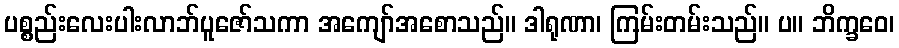
ပစ္စည်းလေးပါးလာဘ်ပူဇော်သကာ အကျော်အစောသည်။ ဒါရုဏာ၊ ကြမ်းတမ်းသည်။ ပ။ ဘိက္ခဝေ၊